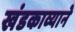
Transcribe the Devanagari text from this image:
खंडकाव्याने